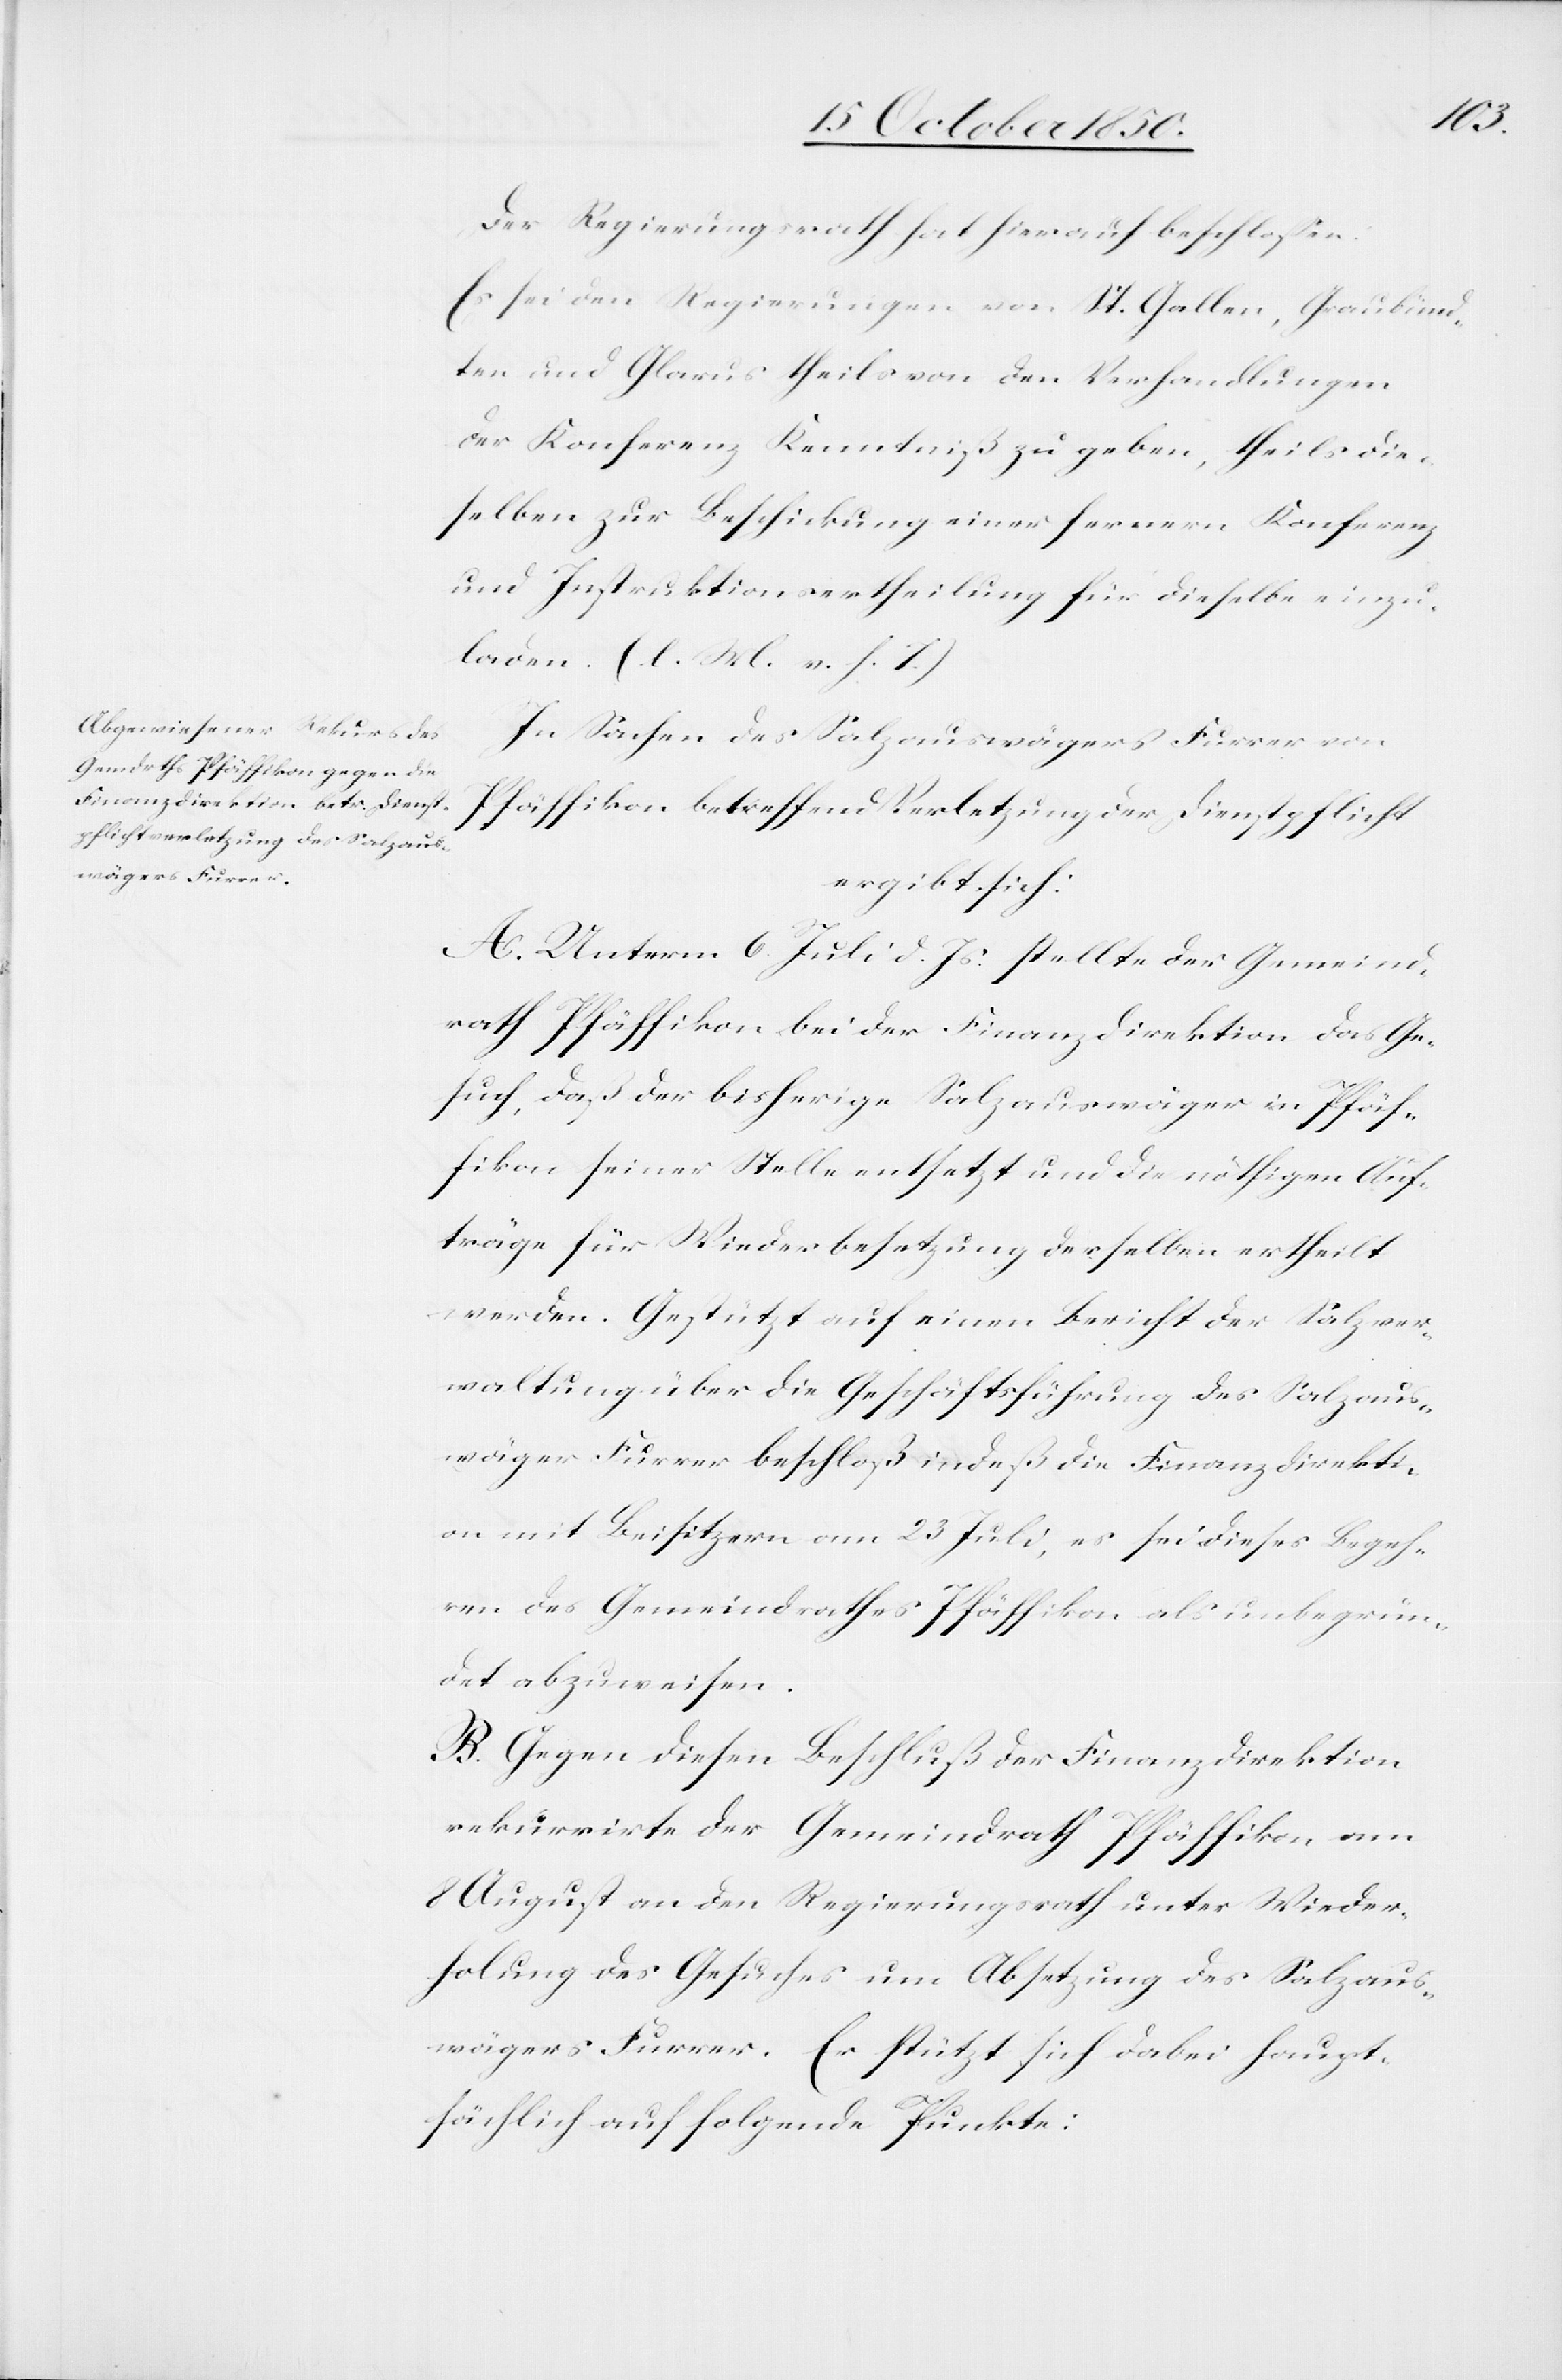
Der Regierungsrath hat hierauf beschlossen:
Es sei den Regierungen von St. Gallen, Graubünd¬
ten und Glarus theils von den Verhandlungen
der Konferenz Kenntniß zu geben, theils die¬
selben zur Beschickung einer fernern Konferenz
und Instruktionsertheilung für dieselbe einzu¬
laden. (l. M. v. h. T.)
In Sachen des Salzauswägers Furrer von
Pfäffikon betreffend Verletzung der Dienstpflicht
ergibt sich:
A. Unterm 6. Juli d. Js. stellte der Gemeind¬
rath Pfäffikon bei der Finanzdirektion das Ge¬
such, daß der bisherige Salzauswäger in Pfäf¬
fikon seiner Stelle entsetzt und die nöthigen Auf¬
träge für Wiederbesetzung derselben ertheilt
werden. Gestützt auf einen Bericht der Salzver¬
waltung über die Geschäftsführung des Salzaus¬
wäger Furrer beschloß indeß die Finanzdirekti¬
on mit Beisitzern am 23 Juli, es sei dieses Begeh¬
ren des Gemeindrathes
Pfäffikon als unbegrün¬
det abzuweisen.
B. Gegen diesen Beschluß der Finanzdirektion
rekurrirte der Gemeindrath P¬
fäffikon am
8 August an den Regierungsrath unter Wieder¬
holung des Gesuches um Absetzung des Salzaus¬
wägers Furrer. Er stützt sich dabei haupt¬
sächlich auf folgende Punkte: